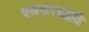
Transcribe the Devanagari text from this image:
एककरपद्धति